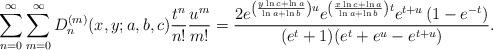
LaTeX: \begin{align*}\sum_{n=0}^{\infty}\sum_{m=0}^{\infty}D^{(m)}_n(x,y;a,b,c)\frac{t^n}{n!}\frac{u^m}{m!}=\frac{2e^{\left(\frac{y\ln c+\ln a}{\ln a +\ln b}\right)u}e^{\left(\frac{x\ln c+\ln a}{\ln a +\ln b}\right)t}e^{t+u}\left(1-e^{-t}\right)}{(e^t+1)(e^t+e^u-e^{t+u})}.\end{align*}